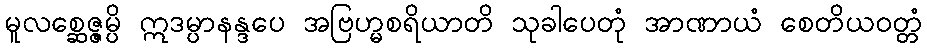
မူလစ္ဆေဇ္ဇမ္ပိ ဣဒမ္ပာနန္ဒပေ အဗြဟ္မစရိယာတိ သုခါပေတုံ အာဏာယံ စေတိယဝတ္တံ